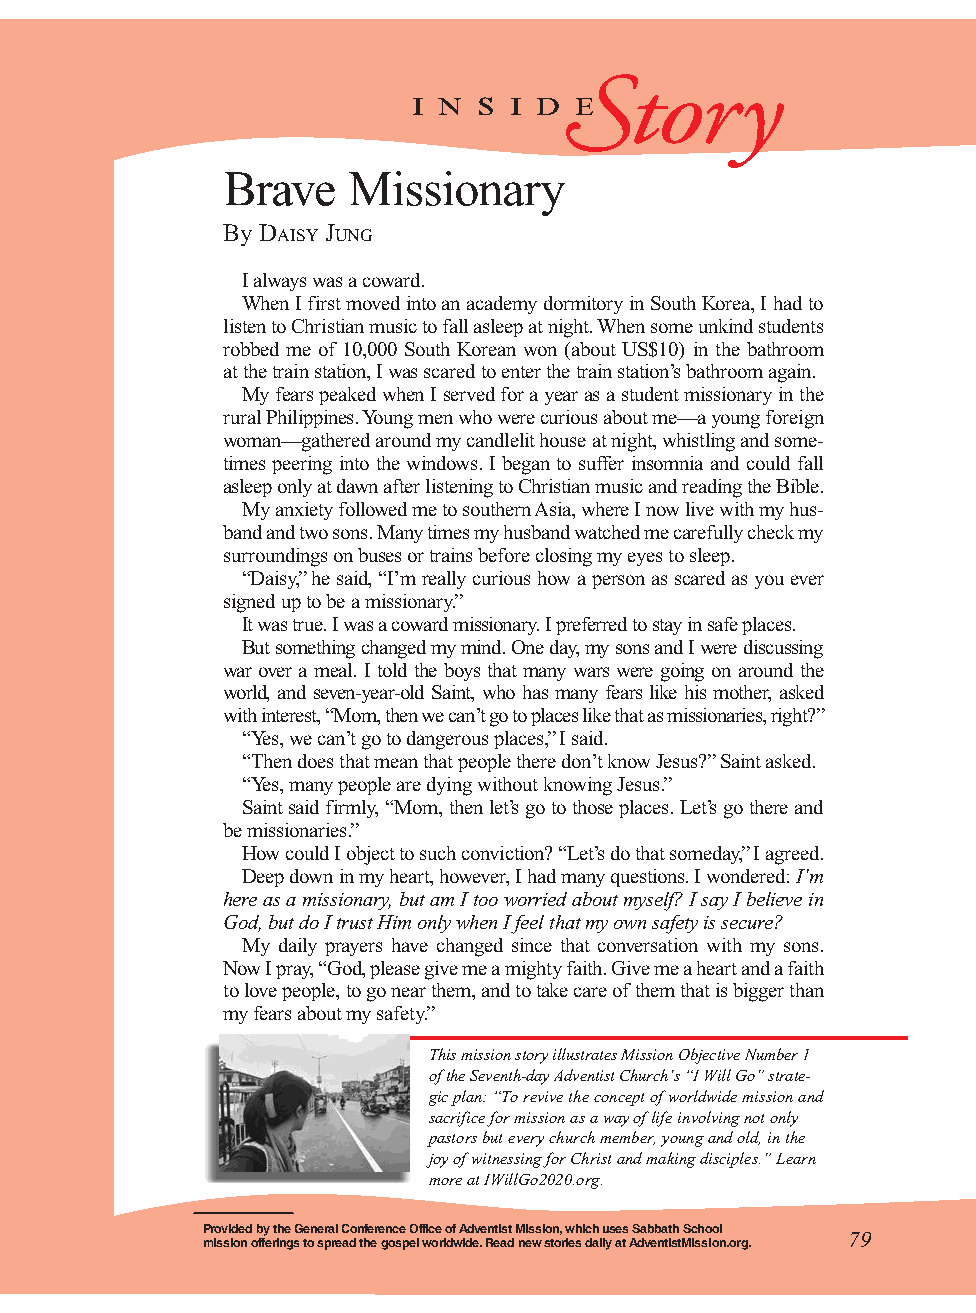
Story
 i n  s i d e
 Brave   Missionary
 By dAisy jung
 I always was a coward.
 When I first moved into an academy dormitory in South Korea, I had to
 listen to Christian music to fall asleep at night. When some unkind students
 robbed me of 10,000 South Korean won (about US$10) in the bathroom
 at the train station, I was scared to enter the train station’s bathroom again.
 My fears peaked when I served for a year as a student missionary in the
 rural Philippines. Young men who were curious about me—a young foreign
 woman—gathered around my candlelit house at night, whistling and some-
 times peering into the windows. I began to suffer insomnia and could fall
 asleep only at dawn after listening to Christian music and reading the Bible.
 My anxiety followed me to southern Asia, where I now live with my hus-
 band and two sons. Many times my husband watched me carefully check my
 surroundings on buses or trains before closing my eyes to sleep.
 “Daisy,” he said, “I’m really curious how a person as scared as you ever
 signed up to be a missionary.”
 It was true. I was a coward missionary. I preferred to stay in safe places.
 But something changed my mind. One day, my sons and I were discussing
 war over a meal. I told the boys that many wars were going on around the
 world, and seven-year-old Saint, who has many fears like his mother, asked
 with interest, “Mom, then we can’t go to places like that as missionaries, right?”
 “Yes, we can’t go to dangerous places,” I said.
 “Then does that mean that people there don’t know Jesus?” Saint asked.
 “Yes, many people are dying without knowing Jesus.”
 Saint said firmly, “Mom, then let’s go to those places. Let’s go there and
 be missionaries.”
 How could I object to such conviction? “Let’s do that someday,” I agreed.
 Deep down in my heart, however, I had many questions. I wondered: I’m
 here as a missionary, but am I too worried about myself? I say I believe in
 God, but do I trust Him only when I feel that my own safety is secure?
 My daily prayers have changed since that conversation with my sons.
 Now I pray, “God, please give me a mighty faith. Give me a heart and a faith
 to love people, to go near them, and to take care of them that is bigger than
 my fears about my safety.”
 This mission story illustrates Mission Objective Number 1
 of the Seventh-day Adventist Church’s “I Will Go” strate-
 gic plan: “To revive the concept of worldwide mission and
 sacrifice for mission as a way of life involving not only
 pastors but every church member, young and old, in the
 joy of witnessing for Christ and making disciples.” Learn
 more at IWillGo2020.org.
 Provided by the General Conference Office of Adventist Mission, which uses Sabbath School
 79
 mission offerings to spread the gospel worldwide. Read new stories daily at AdventistMission.org.